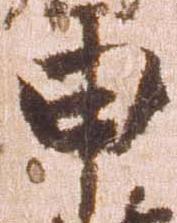
申